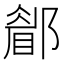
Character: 𨞅